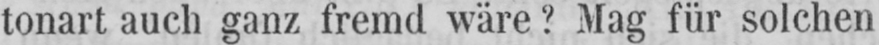
tonart auch ganz fremd wäre? Mag für solchen